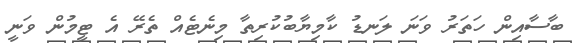
ބާސާއިން ހަތަރު ވަނަ ލަނޑު ކާމިޔާބުކުރިތާ މިނެޓެއް ތެރޭ އެ ޓީމުން ވަނީ